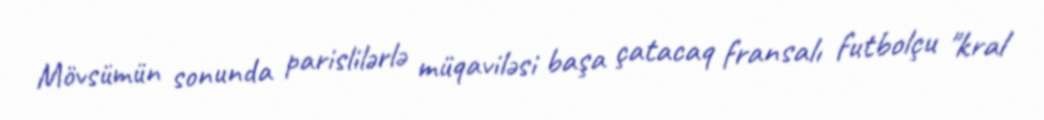
Mövsümün sonunda parislilərlə müqaviləsi başa çatacaq fransalı futbolçu "kral